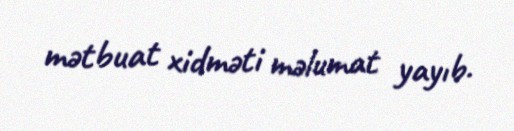
mətbuat xidməti məlumat yayıb.